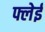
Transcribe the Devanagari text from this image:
फ्लेई